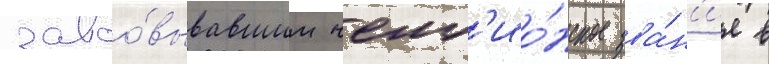
завоо́вывавшим чемп'ио́нское зва́н'ие в